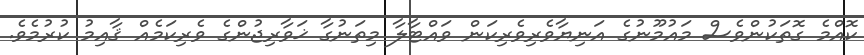
ކޮއްމެ ގޮތަކުންވެސް މައުމޫނުގެ އަނިޔާވެރިވެރިކަން ވައްޓާލާ މިތަނުގާ ޚަވާރިޖުންގެ ވެރިކަމެއް ޤާއިމު ކުރުމެވެ.